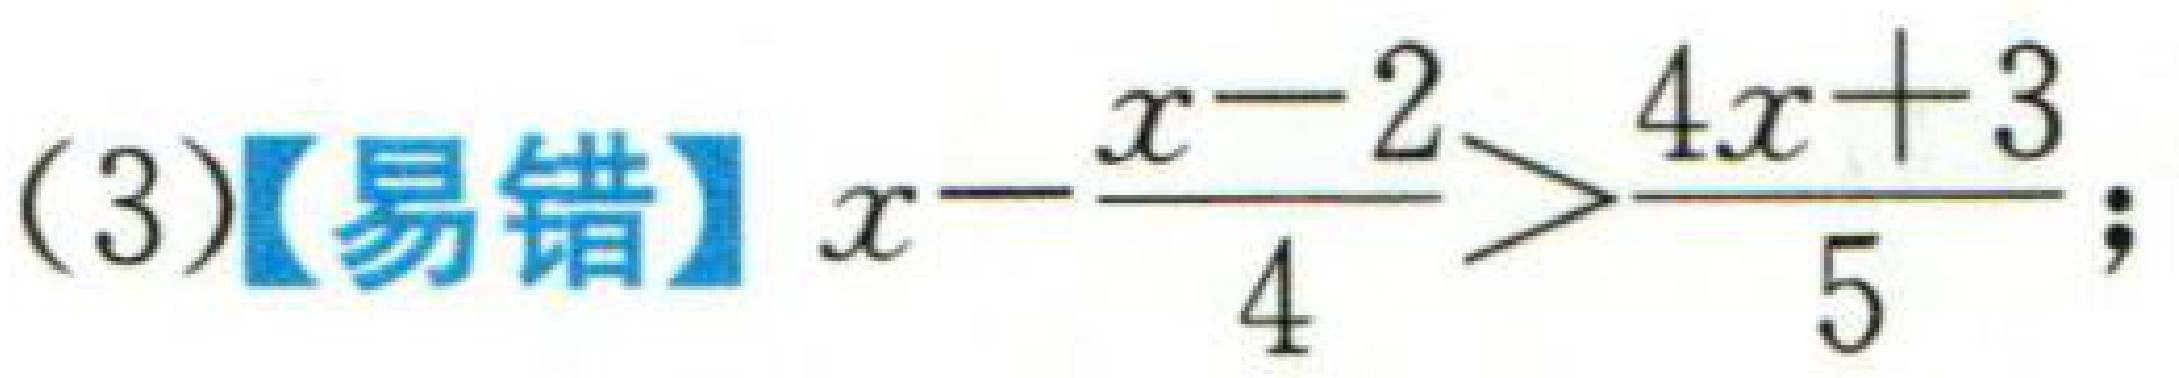
(3)【易错】$x-\frac{x - 2}{4}>\frac{4x + 3}{5}$;